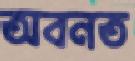
অবনত